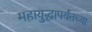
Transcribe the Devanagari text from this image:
महायुद्धापर्यंतच्या